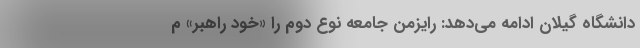
دانشگاه گیلان ادامه می‌دهد: رایزمن جامعه نوع دوم را «خود راهبر» م